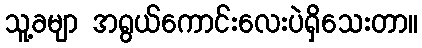
သူ့ခမျာ အရွယ်ကောင်းလေးပဲရှိသေးတာ။